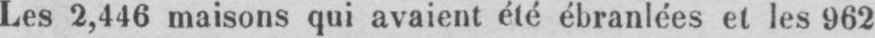
Les 2,446 maisons qui avaient été ébranlées et les 962